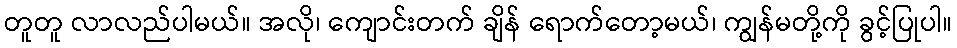
တူတူ လာလည်ပါမယ်။ အလို၊ ကျောင်းတက် ချိန် ရောက်တော့မယ်၊ ကျွန်မတို့ကို ခွင့်ပြုပါ။